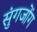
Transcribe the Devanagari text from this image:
सुंगजोंग